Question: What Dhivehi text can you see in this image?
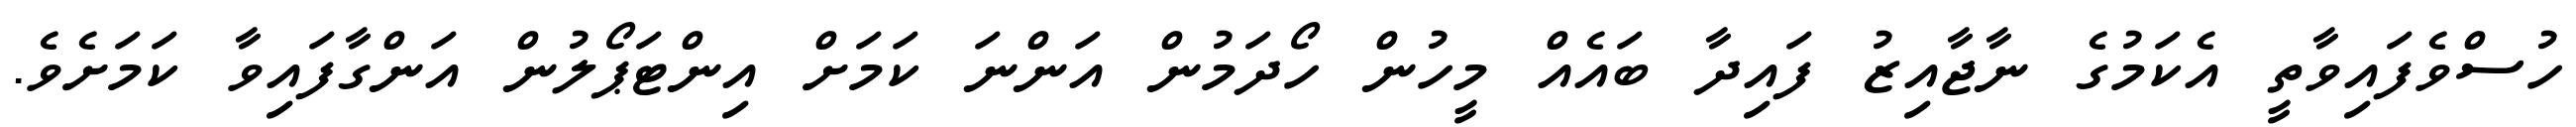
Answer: ހުސްވެފައިވާތީ އެކަމުގެ ނާޖާއިޒު ފައިދާ ބައެއް މީހުން ހޯދަމުން އަންނަ ކަމަށް އިންޓަޕޯލުން އަންގާފައިވާ ކަމަށެވެ.